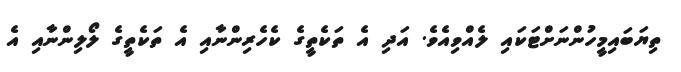
ތިޔަބައިމީހުންނަށްޓަކައި ލެއްވިއެވެ. އަދި އެ ތަކެތީގެ ކެހެރިންނާއި އެ ތަކެތީގެ ލޯލިންނާއި އެ